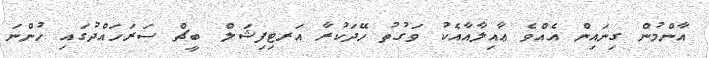
އާންމުން ގިނައިން އެއްވެ ޢާއިލާއާއެކު ވަގުތު ހޭދަކުރާ އަރޓިފިޝަލް ބީޗް ސަރަހައްދުގައި ހުންނަ